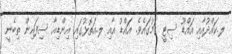
ލ.ކައްދުއާއި އައްޑޫ ސިޓީ ގަމުގައެވެ. އައްޑު އާއި ލ.އަތޮޅުގައި އިންޑިއާ ސިފައިން ތިބެނީ